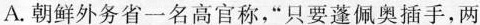
A.朝鲜外务省一名高官称，”只要蓬佩奥插手，两